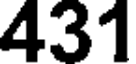
431